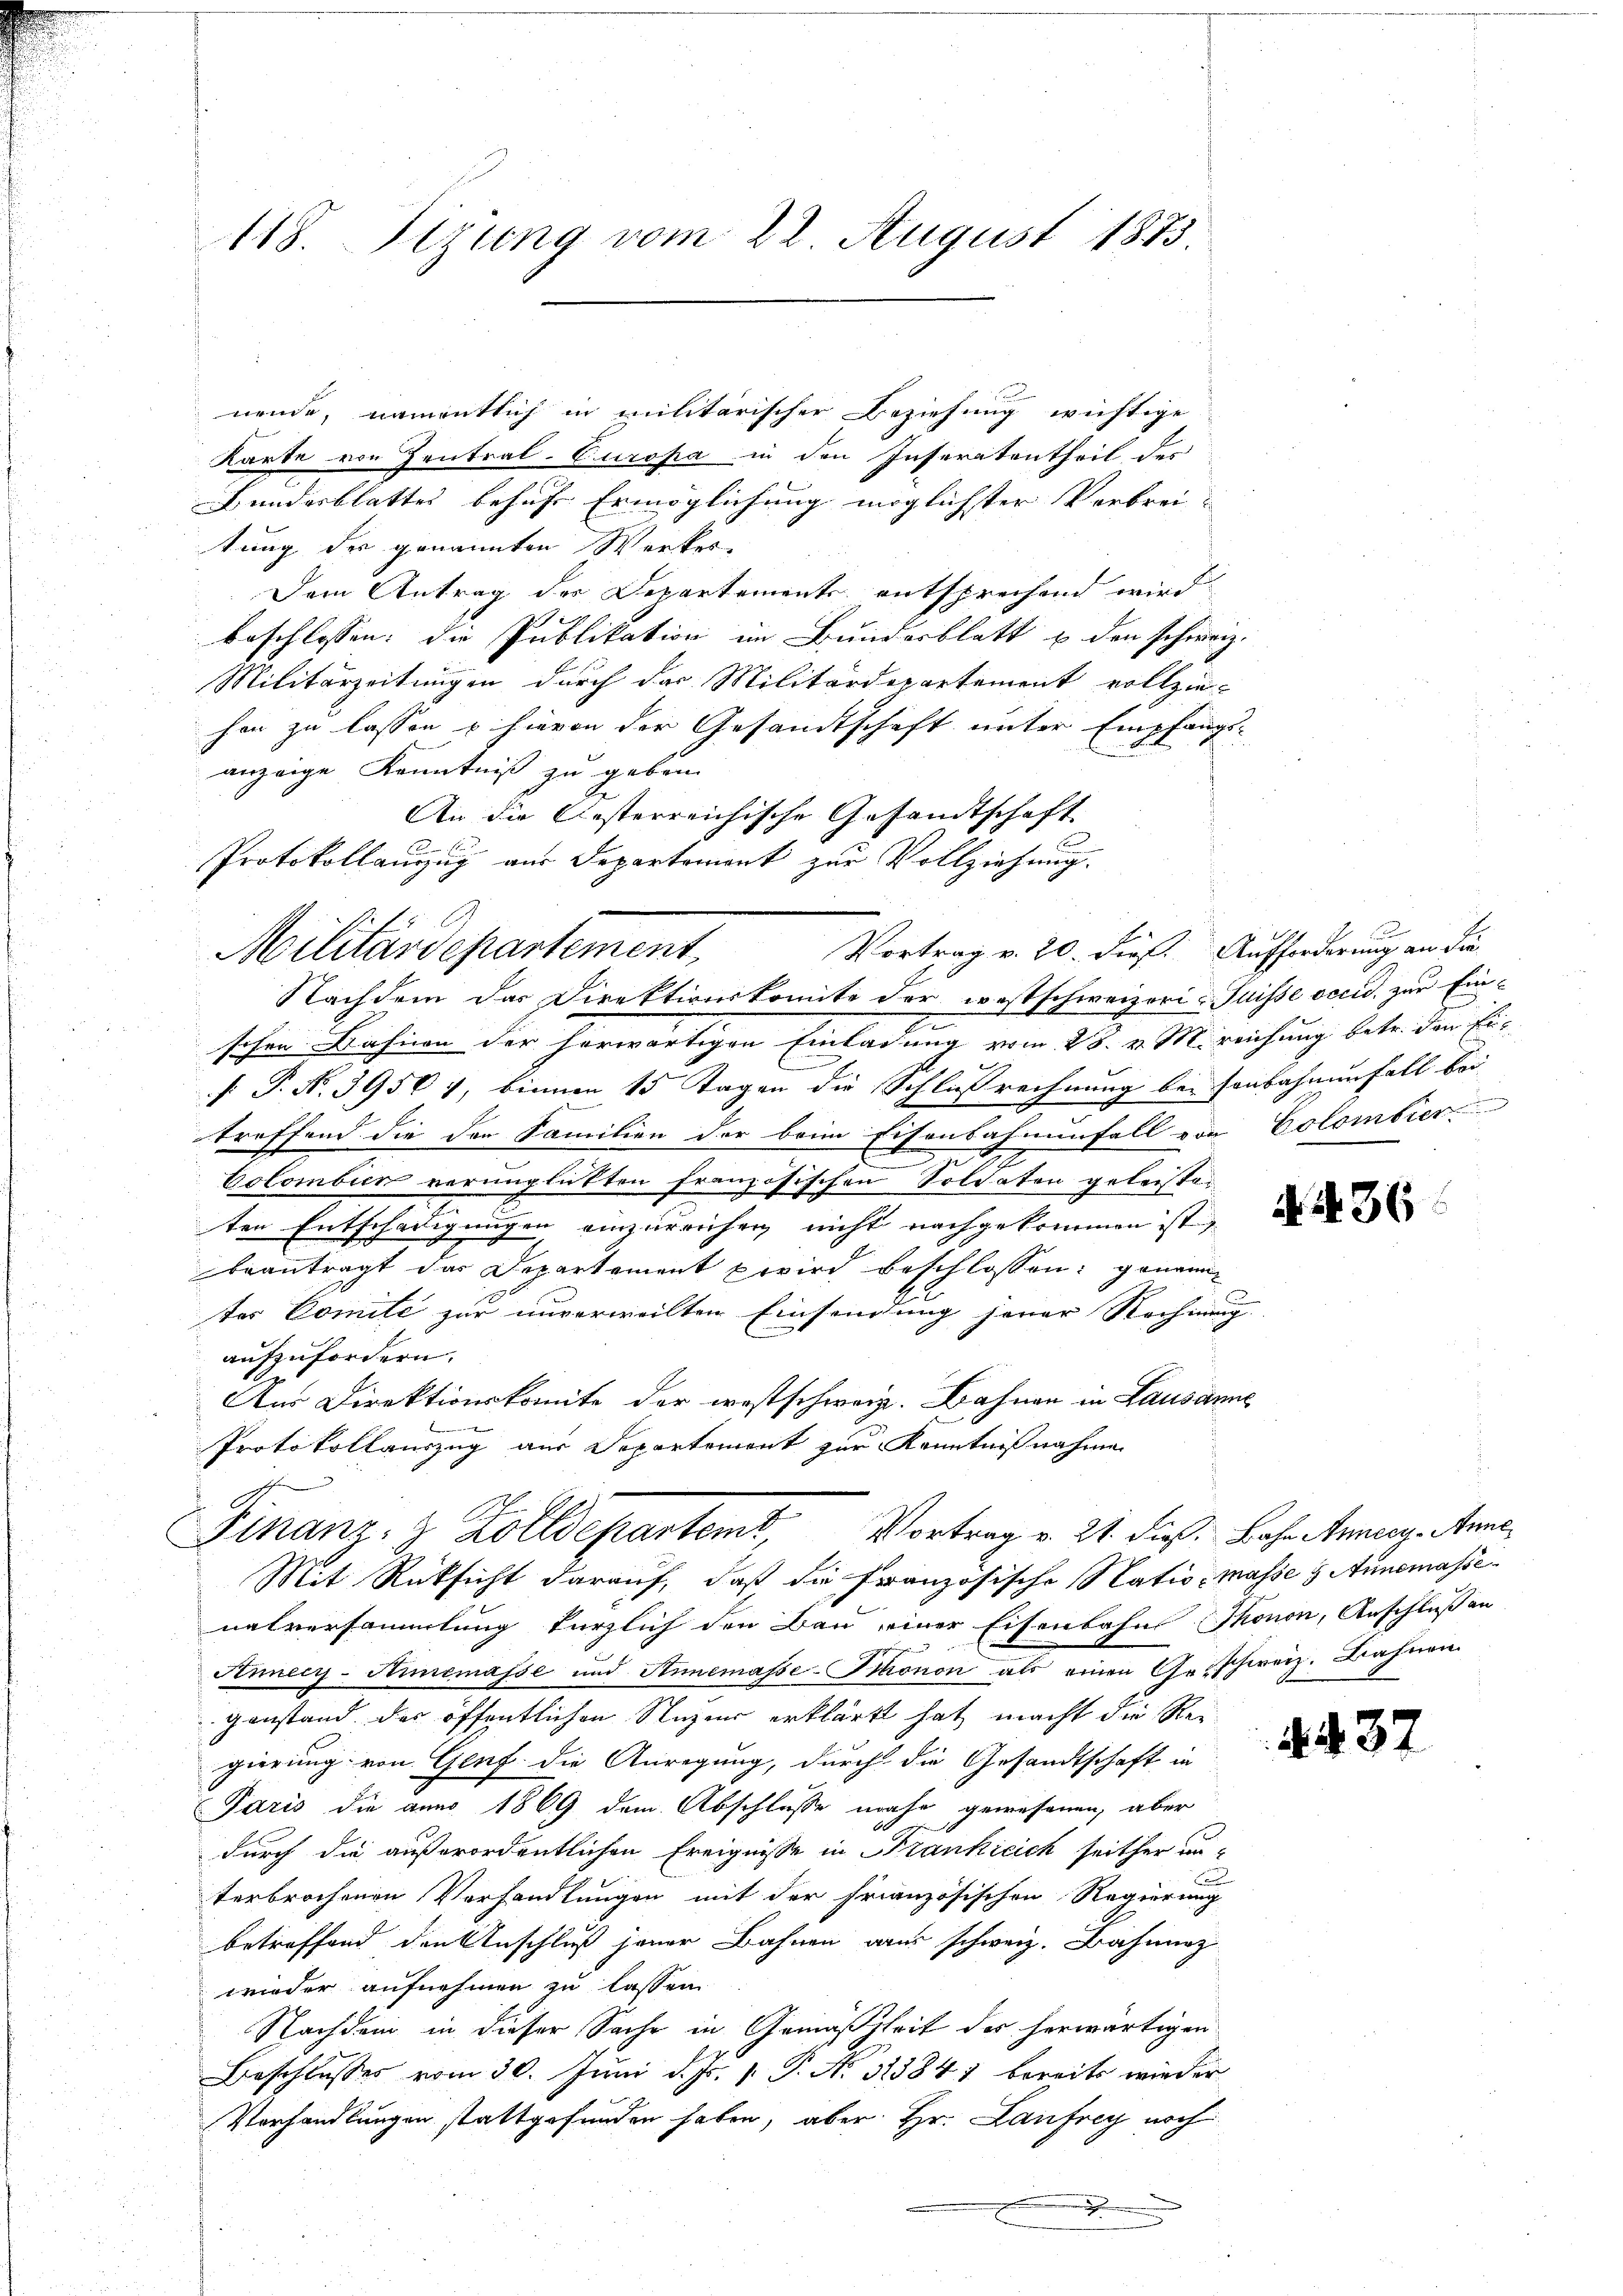
nende, namentlich in militarischer Beziehung wichtige
Karte von Zentral-Curopa in den Inseratentheil des
Bundesblattes behufs Ermöglichung möglichter Verbrei
tung der genannten Werkes
Dem Antrag des Departements entsprechend wird
beschlossen: die Publikation im Bundesblatt u. den schweiz.
Militärzeitungen durch das Militärdepartement vollziehen zu lassen u hievon der Gesandtschaft unter Empfangsanzeige Kenntniß zu geben.
An die besterreichische Gesandtschaft
Nachdem das Direktionskomite der westschweizeri-Puisse vecid. zur Ein-
2
schen Dähnen der herwärtigen Einladung vom 28. v. M. reichung betr. den Er¬
[ P. N. 3956 f, binnen 15 Tagen die Schlußrechnung bei senbahnenfall bei
treffend die den Familien der beim Eisenbahnenfall von Colombier
Colomber verunglückten französischen Soldaten geleisten
ten Entschädigungen einzureichen nicht nachgekommen ist
beantragt das Departement wird beschlossen: genann
ter Comite zur unverweilten Einsendung jener Rechnung
aufzufordern.
Aus Direktionskomite der westschweiz. Bahnen in Lausanne
Protokollauszug aus Departement zur Kenntnißnahme

118. Sizung vom 22. August 1883.

Protokollauszug aus Departemont zur Vollziehung.
Vortrag v. 20. dieß. Aufforderung an die
Militärdepartement,

Finanz- & Zolldepartemt, Vortrag v. 21. dieß. Lohn treuen Anne

Mit Rücksicht darauf, daß die Französische Natio- Masse 3 Annemassenalversammlung kürzlich den Bau einer Eisenbahns Thonon, Anschluß an
Annecy-Himemasse und Annemasse-Phonon als einen Geschweiz. Bahnen.
ganstand der öffentlichen Nuzen erklärt hat macht die Regierung von Genf die Anregung, durch die Gesandtschaft in
Paris die anno 1869 dem Abschlusse mehr gewesenen, aber
durch die außerordentlichen Ereignisse in Frankreich seither un-
u
terbrochenen Vorhandlungen mit der Französischen Regierung
betreffend den Anschluß jener Bahnen aus schweiz. Bahnarz
wieder aufnehmen zu lassen
Nachdem in dieser Sache in Gemäßheit des herwärtigen
Beschlusses vom 30. Juni d. Js. v. P. Nr. 313841 bereits wieder
Vorhandlungen stattgefunden haben, aber Hr. Laufrey noch
.

N. N. 36

d. 232